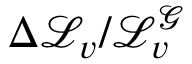
\Delta \mathcal { L } _ { v } / \mathcal { L } _ { v } ^ { \mathcal { G } }